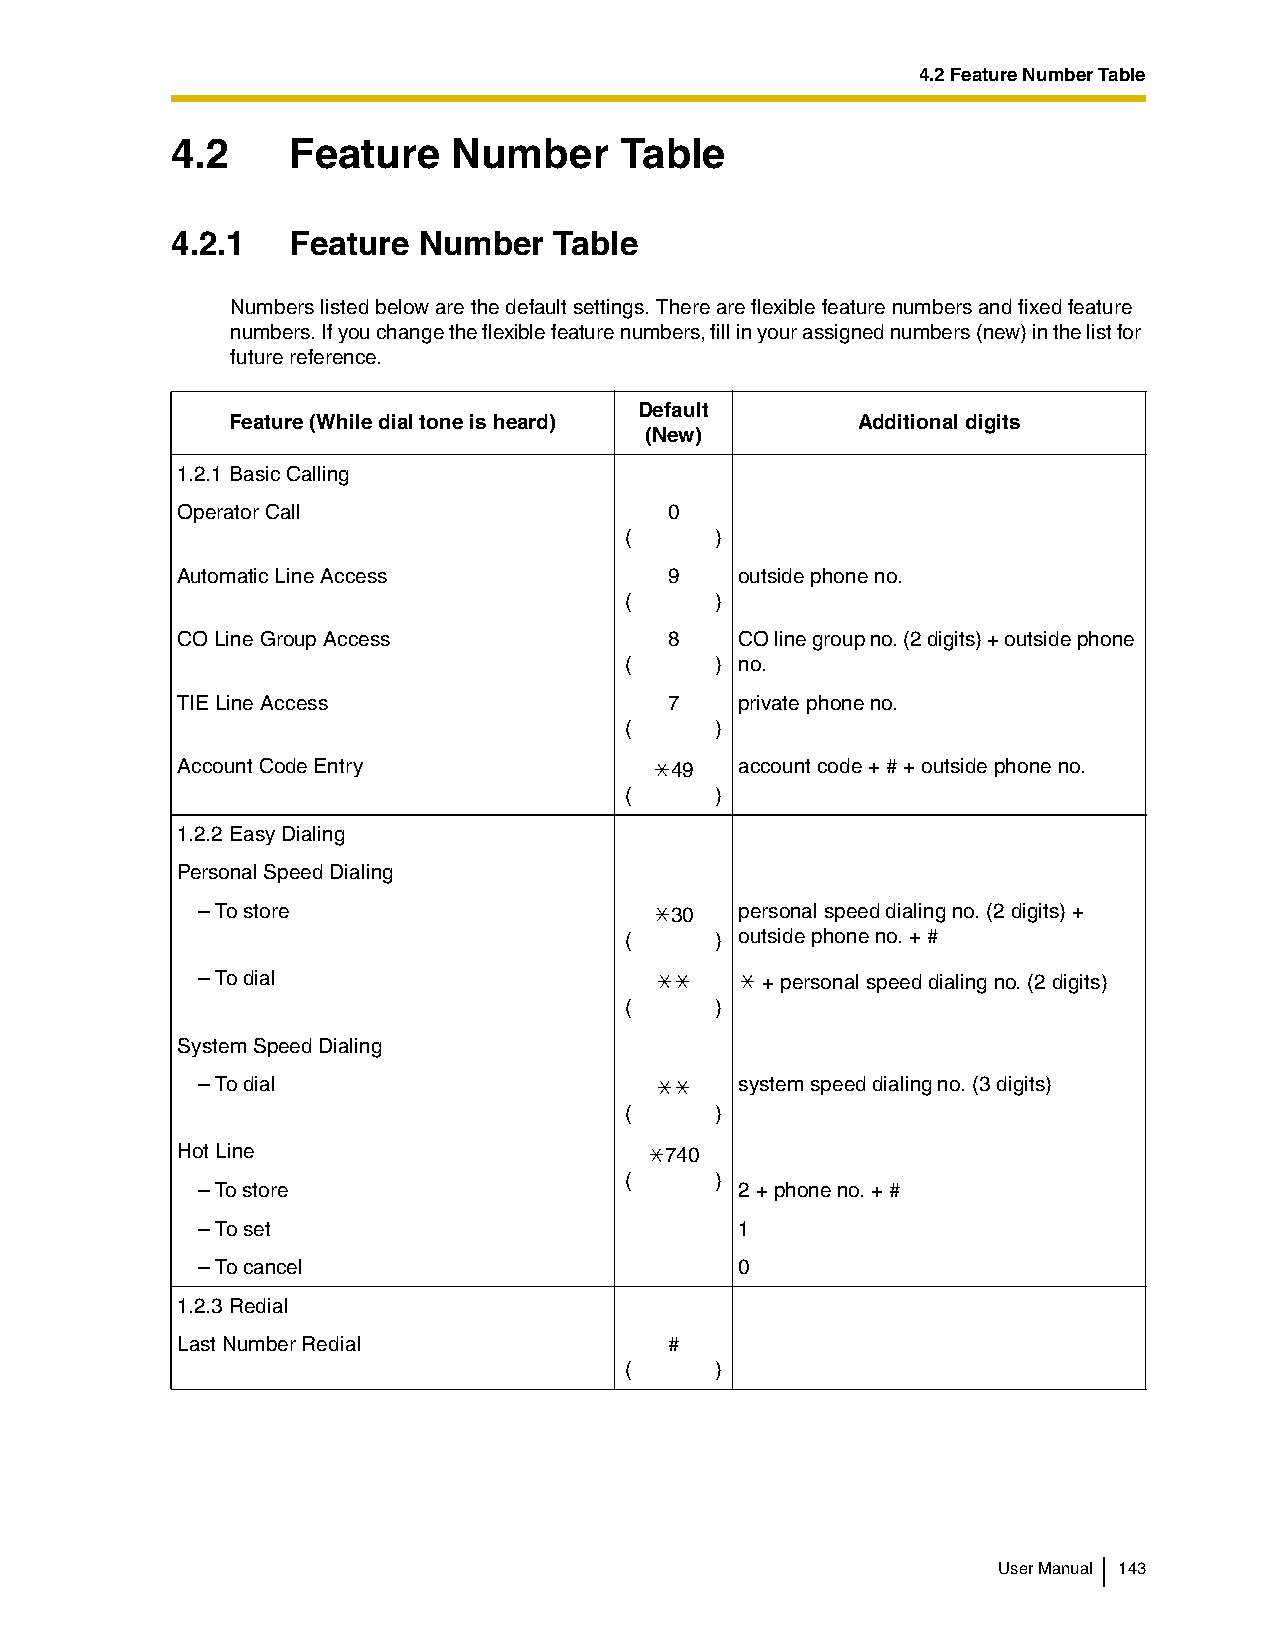
4.2 Feature Number Table
 4.2     Feature    Number     Table
 4.2.1   Feature  Number   Table
 Numbers listed below are the default settings. There are flexible feature numbers and fixed feature
 numbers. If you change the flexible feature numbers, fill in your assigned numbers (new) in the list for
 future reference.
 Default
 Feature (While dial tone is heard)        Additional digits
 (New)
 1.2.1 Basic Calling
 Operator Call                   0
 (     )
 Automatic Line Access           9    outside phone no.
 (     )
 CO Line Group Access            8    CO line group no. (2 digits) + outside phone
 (     ) no.
 TIE Line Access                 7    private phone no.
 (     )
 Account Code Entry              49   account code + # + outside phone no.
 (     )
 1.2.2 Easy Dialing
 Personal Speed Dialing
 – To store                     30   personal speed dialing no. (2 digits) +
 (     ) outside phone no. + #
 – To dial                            + personal speed dialing no. (2 digits)
 (     )
 System Speed Dialing
 – To dial                           system speed dialing no. (3 digits)
 (     )
 Hot Line                        740
 (     )
 – To store                          2 + phone no. + #
 – To set                            1
 – To cancel                         0
 1.2.3 Redial
 Last Number Redial              #
 (     )
 User Manual 143